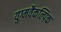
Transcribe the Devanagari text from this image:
युग्मवैकल्पिक